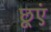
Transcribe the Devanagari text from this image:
छूएं